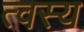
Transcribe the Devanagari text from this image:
त्वस्य